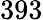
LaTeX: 393